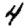
Digit: 4